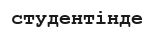
студентінде